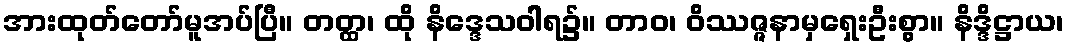
အားထုတ်တော်မူအပ်ပြီ။ တတ္ထ၊ ထို နိဒ္ဒေသဝါရ၌။ တာဝ၊ ဝိဿဇ္ဇနာမှရှေးဦးစွာ။ နိဒ္ဒိဋ္ဌာယ၊